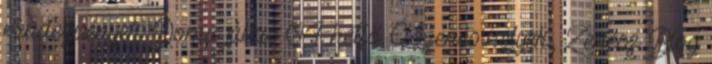
rendezvények Doma július 04 hétfő Élőzenés helyek, Zenész Blog